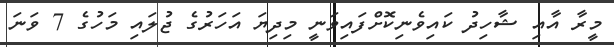
މީރާ އާއި ޝާހިދު ކައިވެނިކޮށްފައިވަނީ މިދިޔަ އަހަރުގެ ޖުލައި މަހުގެ 7 ވަނަ